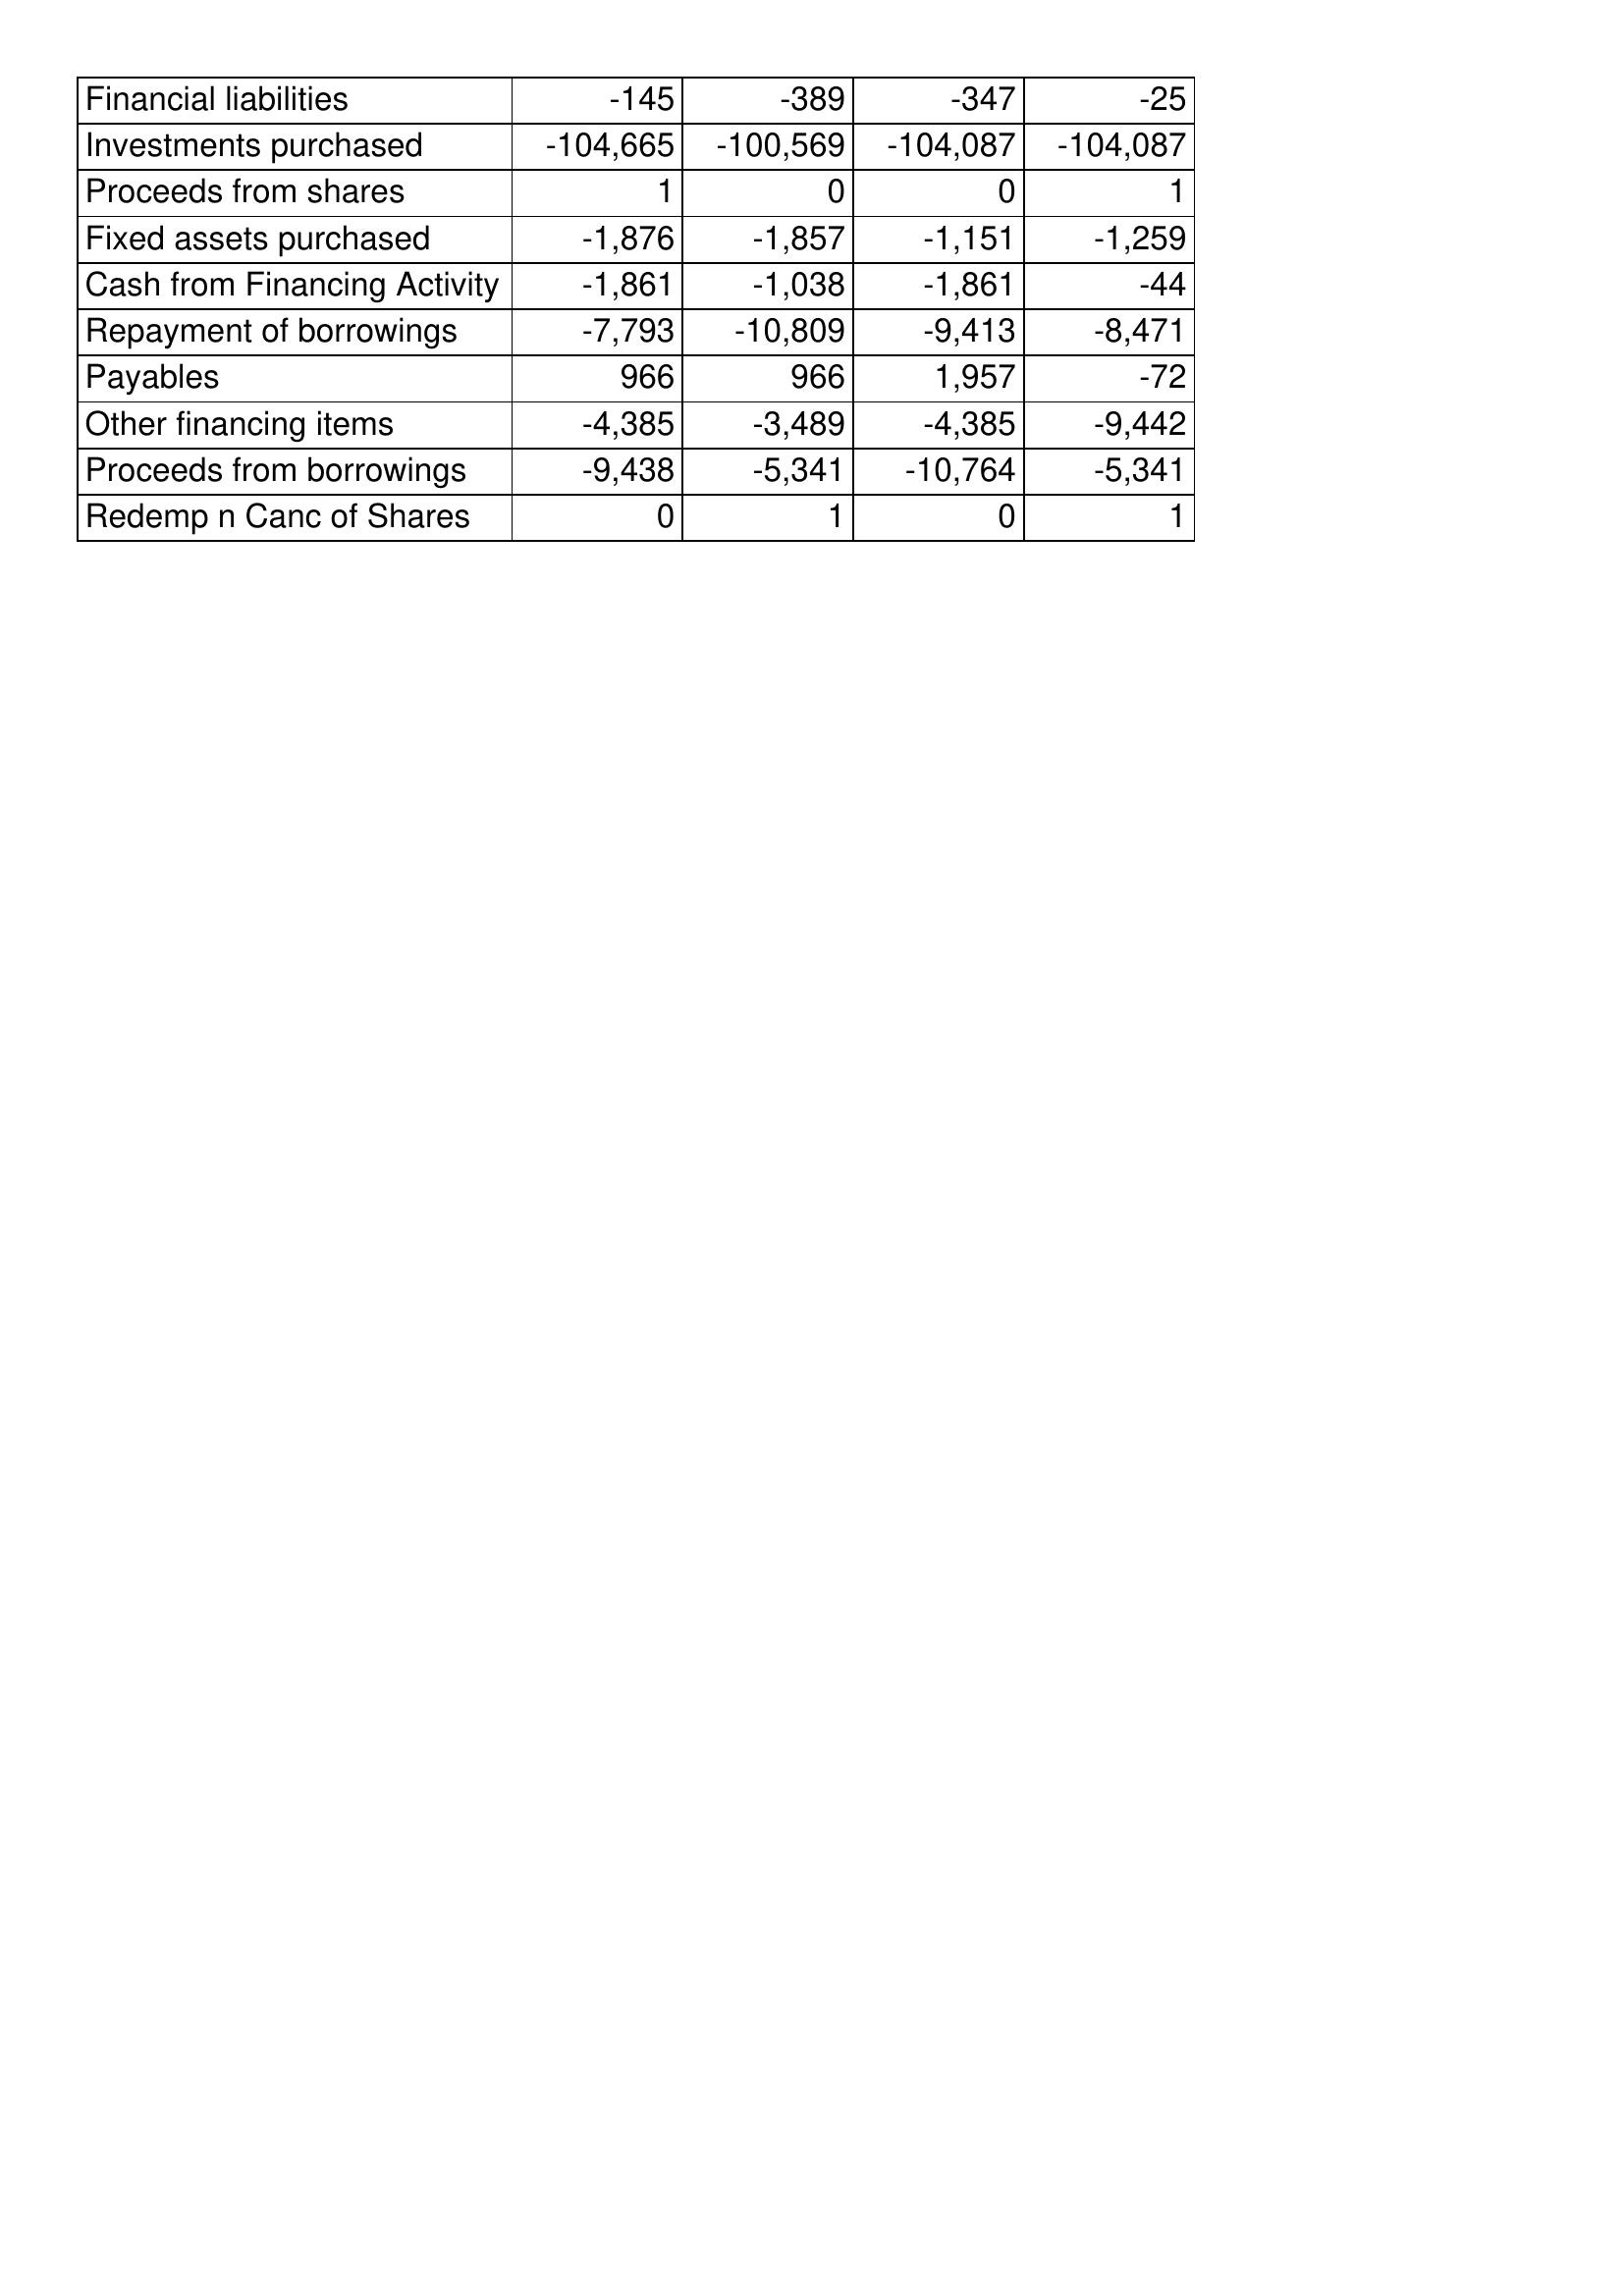
Mar-17: Cash Flows: Financial liabilities: -145
Investments purchased: -104,665
Proceeds from shares: 1
Fixed assets purchased: -1,876
Cash from Financing Activity: -1,861
Repayment of borrowings: -7,793
Payables: 966
Other financing items: -4,385
Proceeds from borrowings: -9,438
Redemp n Canc of Shares: 0
Mar-16: Cash Flows: Financial liabilities: -389
Investments purchased: -100,569
Proceeds from shares: 0
Fixed assets purchased: -1,857
Cash from Financing Activity: -1,038
Repayment of borrowings: -10,809
Payables: 966
Other financing items: -3,489
Proceeds from borrowings: -5,341
Redemp n Canc of Shares: 1
Mar-15: Cash Flows: Financial liabilities: -347
Investments purchased: -104,087
Proceeds from shares: 0
Fixed assets purchased: -1,151
Cash from Financing Activity: -1,861
Repayment of borrowings: -9,413
Payables: 1,957
Other financing items: -4,385
Proceeds from borrowings: -10,764
Redemp n Canc of Shares: 0
Mar-14: Cash Flows: Financial liabilities: -25
Investments purchased: -104,087
Proceeds from shares: 1
Fixed assets purchased: -1,259
Cash from Financing Activity: -44
Repayment of borrowings: -8,471
Payables: -72
Other financing items: -9,442
Proceeds from borrowings: -5,341
Redemp n Canc of Shares: 1